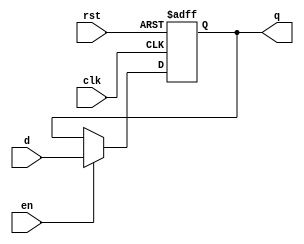
 /*                                                                      
 Copyright 2018-2020 Nuclei System Technology, Inc.                
                                                                         
 Licensed under the Apache License, Version 2.0 (the "License");         
 you may not use this file except in compliance with the License.        
 You may obtain a copy of the License at                                 
                                                                         
     http://www.apache.org/licenses/LICENSE-2.0                          
                                                                         
  Unless required by applicable law or agreed to in writing, software    
 distributed under the License is distributed on an "AS IS" BASIS,       
 WITHOUT WARRANTIES OR CONDITIONS OF ANY KIND, either express or implied.
 See the License for the specific language governing permissions and     
 limitations under the License.                                          
 */                                                                      
                                                                         
                                                                         
                                                                         
module sirv_AsyncResetReg (
                      input      d,
                      output reg q,
                      input      en,

                      input      clk,
                      input      rst);
   
   always @(posedge clk or posedge rst) begin

      if (rst) begin
         q <= 1'b0;
      end else if (en) begin
         q <= d;
      end
   end
   

endmodule // AsyncResetReg